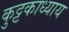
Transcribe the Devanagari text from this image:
कुट्टकाध्याय